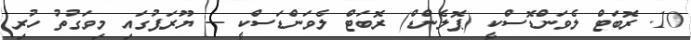
10. ރޮބަޓް ލެވަންޑޮސްކީ (ޕޮލެންޑް) ރޮބަޓް ލެވަންޑަސްކީ -- ޔޫރަޕުގައި މިވަގުތު ހުރި